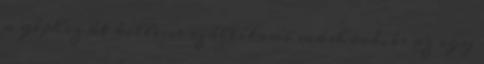
a géphez át kellene szállítani máshová, és az egy